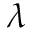
\lambda